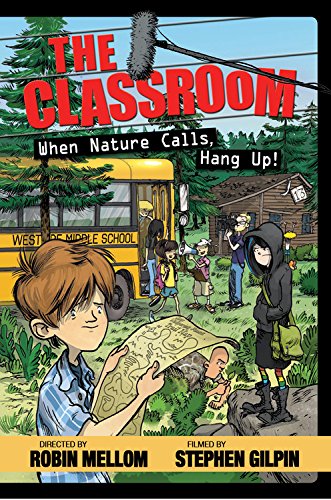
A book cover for The Classroom When Nature Calls, Hang Up! (A Classroom Novel); Robin Mellom; Humor & Entertainment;